Problem: 10 × 6 = ?
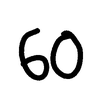
Handwritten answer: 60